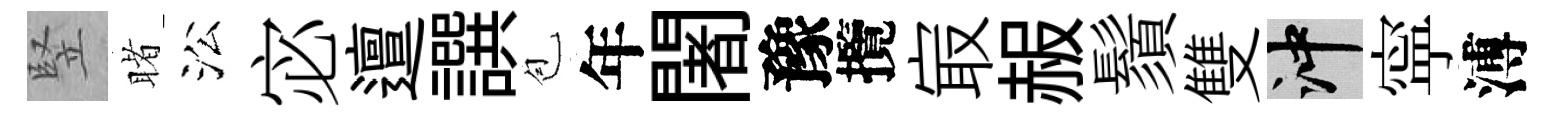
竪睹㳂宓邅譔苞年闍豫攬㝡赧鬚雙冲寜溥